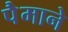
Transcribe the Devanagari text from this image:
पैेमाने